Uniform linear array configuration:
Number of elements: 32
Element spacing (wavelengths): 0.25
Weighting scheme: hann
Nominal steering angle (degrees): -15
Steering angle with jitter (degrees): -15.682
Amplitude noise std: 0.05
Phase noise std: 0.05

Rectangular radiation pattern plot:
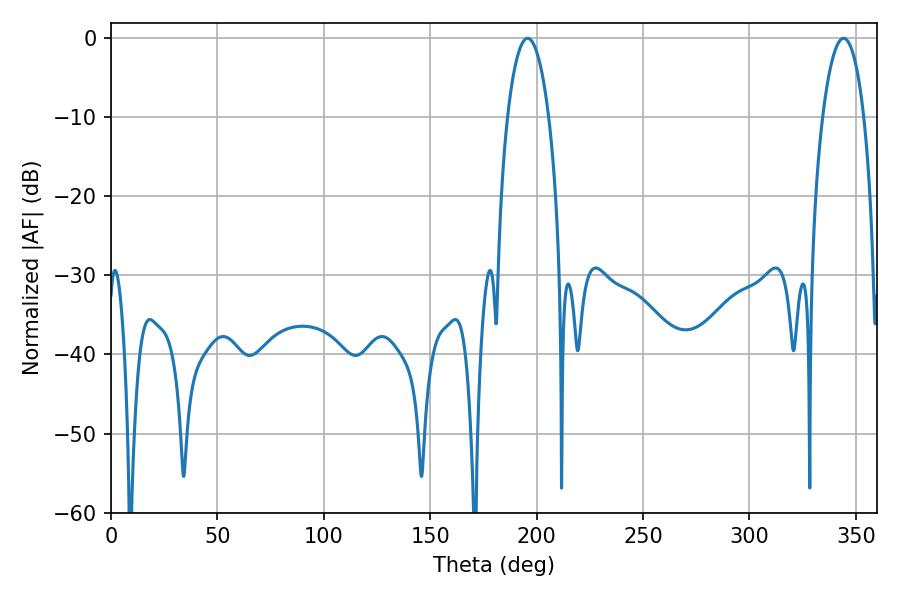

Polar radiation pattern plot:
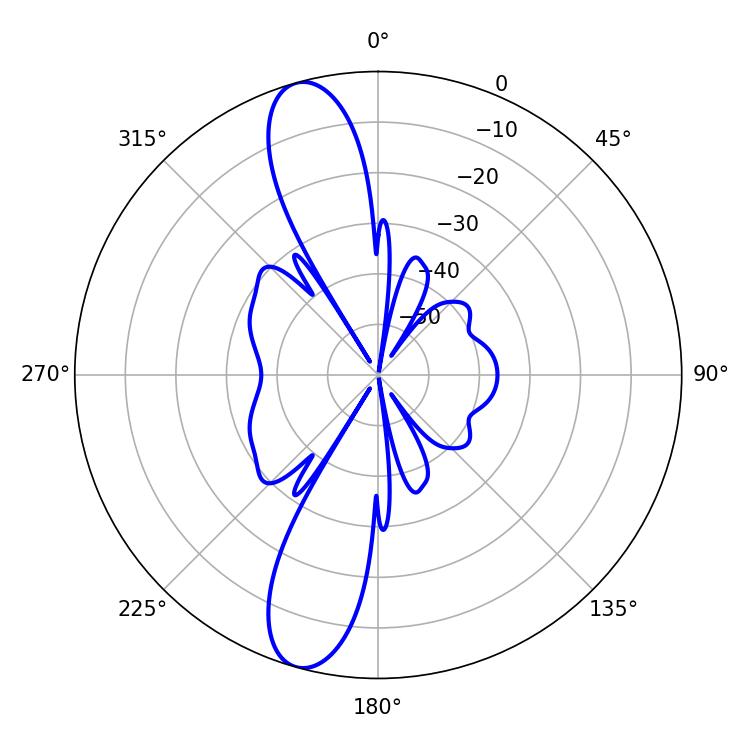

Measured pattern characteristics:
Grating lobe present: FALSE
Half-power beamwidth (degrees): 10.8
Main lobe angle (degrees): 195.84